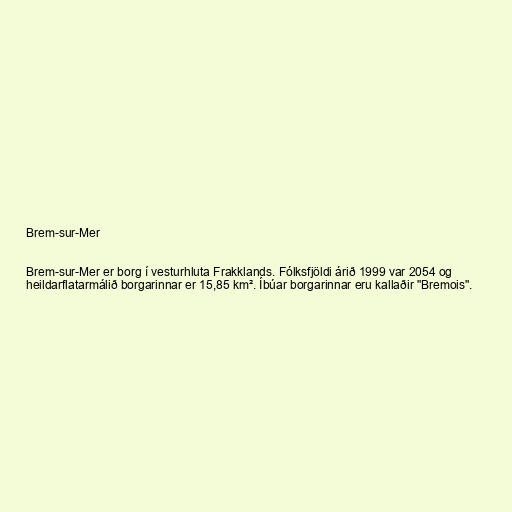
Brem-sur-Mer

Brem-sur-Mer er borg í vesturhluta Frakklands. Fólksfjöldi árið 1999 var 2054 og
heildarflatarmálið borgarinnar er 15,85 km². Íbúar borgarinnar eru kallaðir "Bremois".